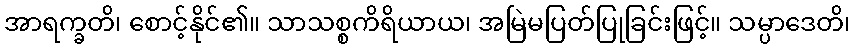
အာရက္ခတိ၊ စောင့်နိုင်၏။ သာသစ္စကိရိယာယ၊ အမြဲမပြတ်ပြုခြင်းဖြင့်။ သမ္ပာဒေတိ၊